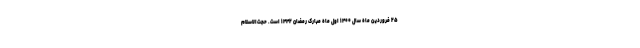
۲۵ فروردین ماه سال ۱۴۰۰ اول ماه مبارک رمضان ۱۴۴۲ است. حجت‌الاسلام